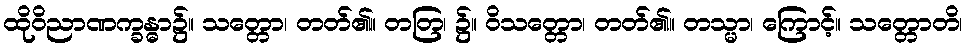
ထိုဝိညာဏက္ခန္ဓာ၌။ သတ္တော၊ တတ်၏။ တတြ၊ ၌။ ဝိသတ္တော၊ တတ်၏။ တသ္မာ၊ ကြောင့်။ သတ္တောတိ၊